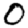
Digit: 0